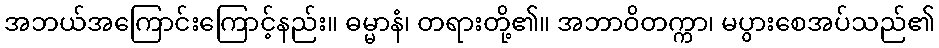
အဘယ်အကြောင်းကြောင့်နည်း။ ဓမ္မာနံ၊ တရားတို့၏။ အဘာဝိတက္ကာ၊ မပွားစေအပ်သည်၏